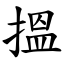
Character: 搵